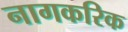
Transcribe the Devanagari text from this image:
नागकरिक